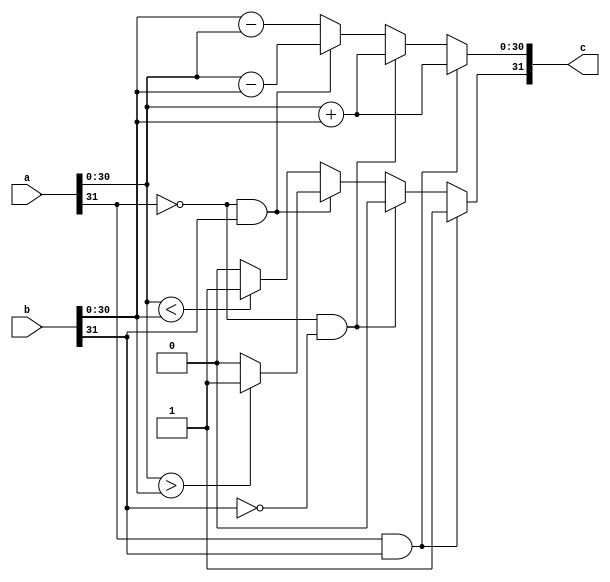

///////////////////////////////////////////////////////////////////////
// URL: http://opencores.org/project,verilog_fixed_point_math_library
// Fixed-point Verilog math library.
///////////////////////////////////////////////////////////////////////

module qadd(
        a,
        b,
        c
    );

	//Parameterized values
	parameter Q = 15;
	parameter N = 32;

    input [N-1:0] a;
    input [N-1:0] b;
    output [N-1:0] c;

reg [N-1:0] res;

assign c = res;

always @(a,b)
begin
	//both negative
	if(a[N-1] == 1 && b[N-1] == 1) begin
		//sign
		res[N-1] = 1;
		//whole
		res[N-2:0] = a[N-2:0] + b[N-2:0];
	end
	//both positive
	else if(a[N-1] == 0 && b[N-1] == 0) begin
		//sign
		res[N-1] = 0;
		//whole
		res[N-2:0] = a[N-2:0] + b[N-2:0];
	end
	//subtract a-b
	else if(a[N-1] == 0 && b[N-1] == 1) begin
		//sign
		if(a[N-2:0] > b[N-2:0])
			res[N-1] = 1;
		else
			res[N-1] = 0;
		//whole
		res[N-2:0] = a[N-2:0] - b[N-2:0];
	end
	//subtract b-a
	else begin
		//sign
		if(a[N-2:0] < b[N-2:0])
			res[N-1] = 1;
		else
			res[N-1] = 0;
		//whole
		res[N-2:0] = b[N-2:0] - a[N-2:0];
	end
end

endmodule


module m_qadd(
        a,
        b,
        c
    );

	//Parameterized values
	parameter Q = 15;
	parameter N = 32;

    input [N-1:0] a;
    input [N-1:0] b;
    output [N-1:0] c;

    reg [N-1:0] res;

    assign c = res;

    always @(a,b)
    begin
        res = a+b;
    end

endmodule